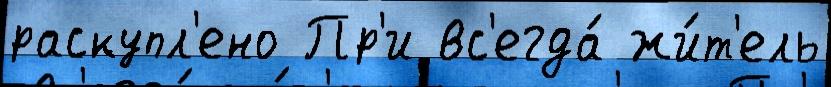
раскупл'ено Пр'и вс'егда́ жи́т'ель